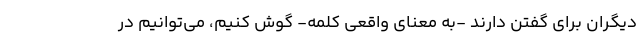
دیگران برای گفتن دارند -به معنای واقعی کلمه- گوش کنیم، می‌توانیم در